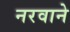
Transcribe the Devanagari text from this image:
नरवाने